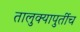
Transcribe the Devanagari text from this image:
तालुक्यापुर्तीच